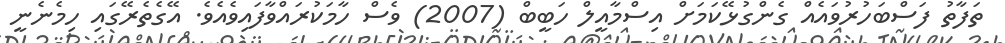
ތަފާތު ފަސްބަހުރުވައެއް ގެންގުޅޭކަމަށް އިސްމާއީލް ހަބީބް (2007) ވެސް ހާމަކުރައްވާފައިވެއެވެ. އޭގެތެރޭގައި ހިމެނެނީ